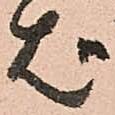
ば